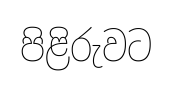
පිළිරුවට